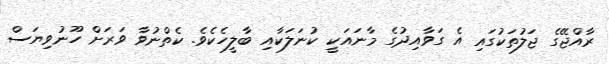
ރާއްޖޭގެ ޖަލުތަކުގައި އެ ގަވާއިދުގެ މާނައަކީ ކުނަލަކާއި ބާލީހެކެވެ. ކެތްނުވާ ވަރަށް ހޫނުވިޔަސް